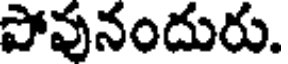
పోవునందురు.